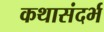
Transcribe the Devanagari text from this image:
कथासंदर्भ